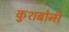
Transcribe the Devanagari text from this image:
कुशबोनी